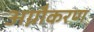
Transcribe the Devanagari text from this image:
अग्नौकरण